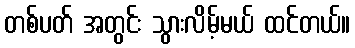
တစ်ပတ် အတွင်း သွားလိမ့်မယ် ထင်တယ်။